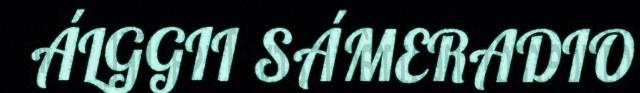
ÁLGGII SÁMERADIO